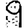
Digit: 9